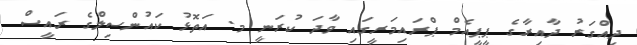
ދިއްގަރު ދާއިރާގެ ޕީޕީއެމް ޕްރައިމަރީގައި ވާދަ ކުރަނީ މ. އަތޮޅު ކައުންސިލްގެ ރައީސް